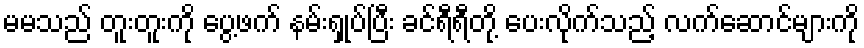
မမသည် တူးတူးကို ပွေ့ဖက် နမ်းရှုပ်ပြီး ခင်ရီရီတို့ ပေးလိုက်သည့် လက်ဆောင်များကို